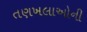
તણખલાઓની